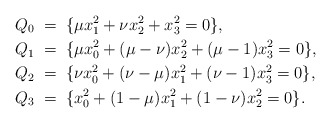
\begin{align*}Q_0 & \; = \; \{\mu x_1^2+\nu x_2^2+x_3^2=0\},\\Q_1 & \; = \; \{\mu x_0^2+(\mu-\nu)x_2^2+(\mu-1)x_3^2=0\},\\Q_2 & \; = \; \{\nu x_0^2 +(\nu-\mu)x_1^2+(\nu-1)x_3^2=0\},\\Q_3 & \; = \; \{x_0^2+(1-\mu)x_1^2+(1-\nu)x_2^2=0\}.\end{align*}